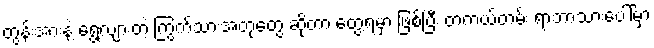
တွန်းအားနဲ့ ရွေ့လျားတဲ့ ကြွက်သားအတုတွေ ဆိုတာ တွေ့ရမှာ ဖြစ်ပြီး တကယ်တမ်း ရာဘာသားပေါ်မှာ